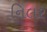
નિલર